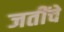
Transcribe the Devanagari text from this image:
जतींचे